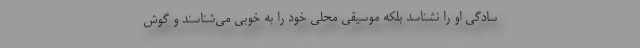
سادگی او را نشناسد بلکه موسیقی محلی خود را به خوبی می‌شناسند و گوش